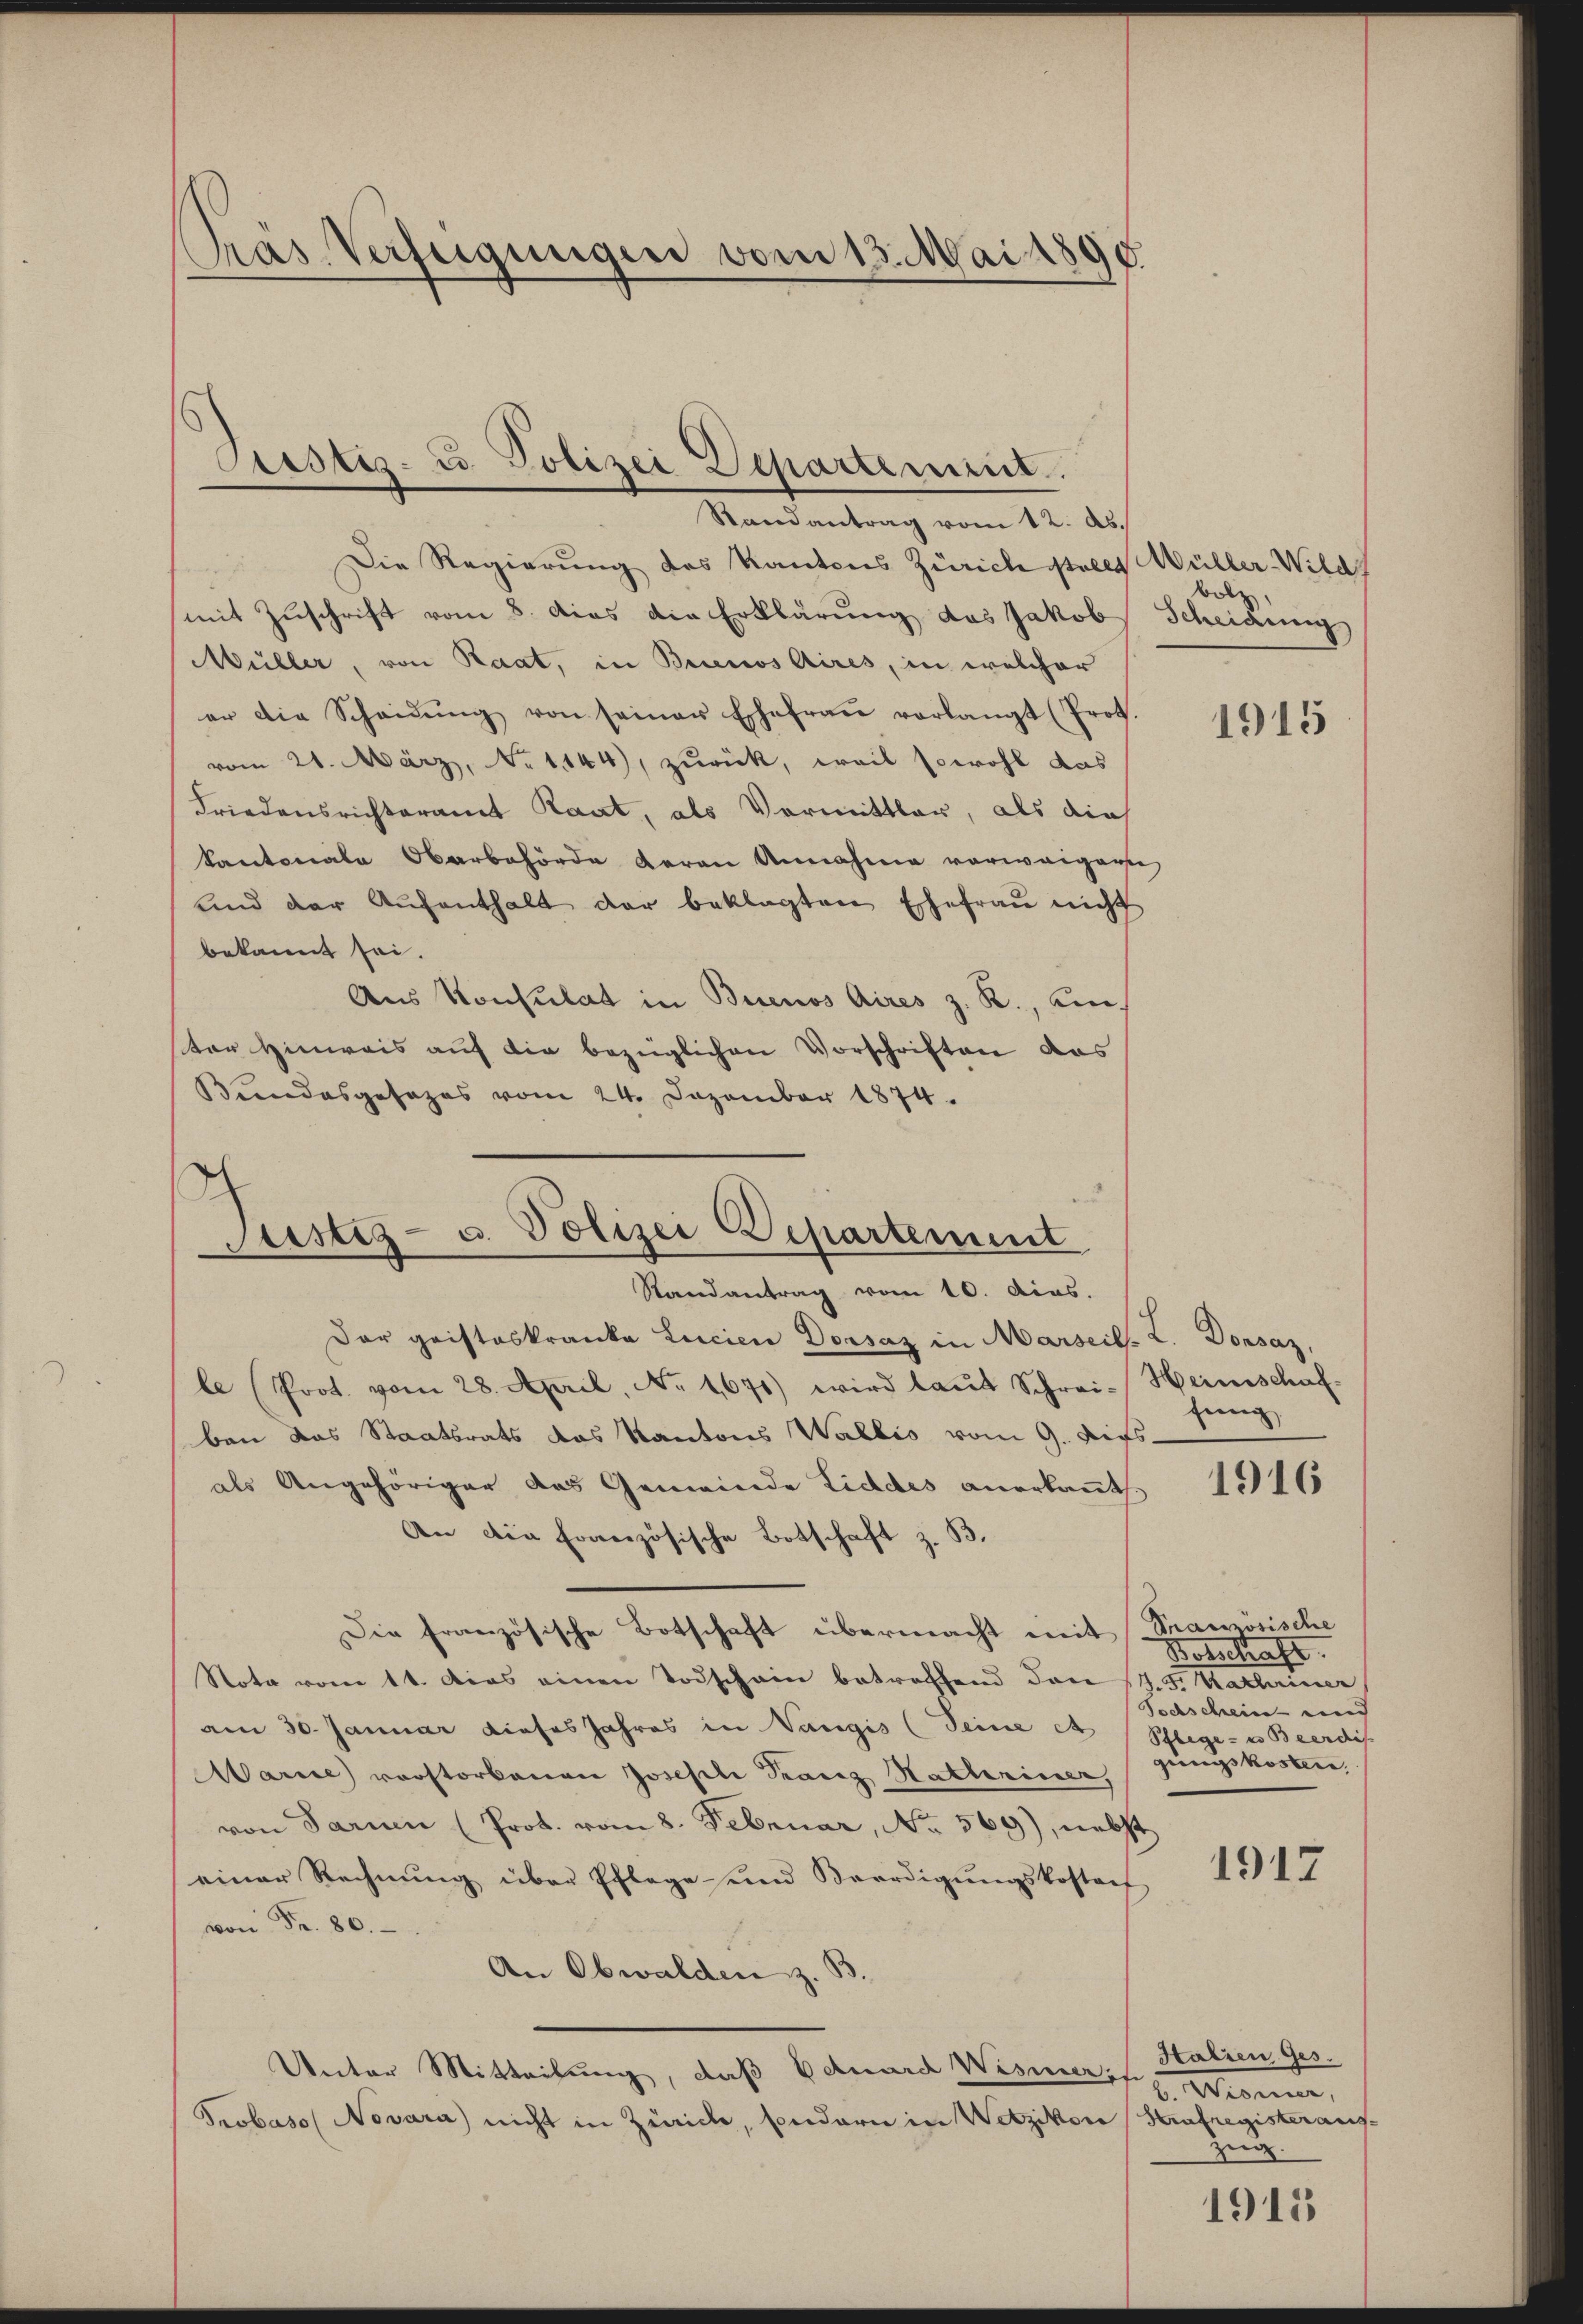
Pras Verfügungen vom 13. Mai 1890

Prostiz- u. Polizei Departement.
Randantrag vom 12. ds.

Die Regierung des Kantons Zürich stellt Müller Wild.
mit Zuschrift vom 8. dies die Erklärung das Jakob Scheidung
Müller, von Raat, in Buenos Aires, in welcher
er die Scheidŭng von seiner Ehefraŭ verlangt (Prot.
vom 21. März, No 1144), zurück, weil sowohl das
Friedensrichteramt Raat, als Vormittlar, als dies
kantonale Oberbehörde daran Annahme vorweigenste,
und der Aufenthalt der beklagten Ehefrau nicht
bekannt sei.
Aus Konsulat in Buenos Aires z. R., Amter Hinweis auf die bezüglichen Vorschriften das
Bundesgesezes vom 24. Dezember 1874.

h
Justiz- u. Polizei Departement
Randantrag vom 10. dias.

Der geisteskranka Lucien Dorsaz in Marseil. L. Donsaz,
le (Prot. vom 28. April, No. 1671) wird laut Schrei- Heimschafben das Staatsrats das Kantons Wallis vom 9. Aufsals Angehöriger das Gemeinde Eiddes anerkannt.
An die Französische Botschaft z. B.
Die französische Botschaft übermacht mit Französische
Nota vom 11. das einen Todschain betroffend den J. F. Kathriner
am 30. Januar dieses Jahres in Vangis (Seine et Schlege- u Beerdis
Marie vorstorbenen Josefile Kranz Hathriner,
von Parien (Prot. vom 8. Februar, No. 569), nebst
einer Rechnŭng über Pflege und Beerdigŭngskostach
von Fr. 80.
An Obwalden z. B.
Unter Mitteilung, daß Eduard Wismeris
Probaso Novara) nicht in Zürich, sondern in Wetzikon Strafregisteraus¬

Bolz

1915

fung

1916

Botschaft.
Tochschein- und
geeignet worden

1917

Htalien Ges.
b. Mann,
Zug.

1915